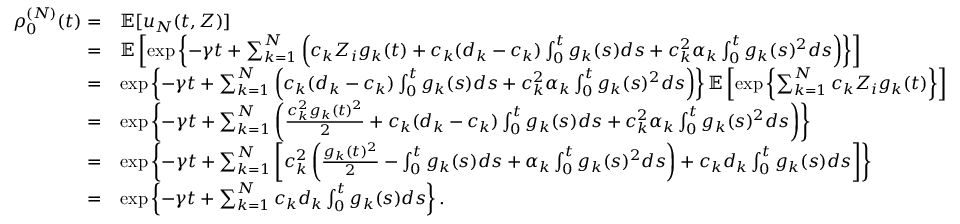
\begin{array} { r l } { \rho _ { 0 } ^ { ( N ) } ( t ) = } & { \mathbb { E } [ u _ { N } ( t , Z ) ] } \\ { = } & { \mathbb { E } \left[ \exp \left\{ - \gamma t + \sum _ { k = 1 } ^ { N } \left( c _ { k } Z _ { i } g _ { k } ( t ) + c _ { k } ( d _ { k } - c _ { k } ) \int _ { 0 } ^ { t } g _ { k } ( s ) d s + c _ { k } ^ { 2 } \alpha _ { k } \int _ { 0 } ^ { t } g _ { k } ( s ) ^ { 2 } d s \right) \right\} \right] } \\ { = } & { \exp \left\{ - \gamma t + \sum _ { k = 1 } ^ { N } \left( c _ { k } ( d _ { k } - c _ { k } ) \int _ { 0 } ^ { t } g _ { k } ( s ) d s + c _ { k } ^ { 2 } \alpha _ { k } \int _ { 0 } ^ { t } g _ { k } ( s ) ^ { 2 } d s \right) \right\} \mathbb { E } \left[ \exp \left\{ \sum _ { k = 1 } ^ { N } c _ { k } Z _ { i } g _ { k } ( t ) \right\} \right] } \\ { = } & { \exp \left\{ - \gamma t + \sum _ { k = 1 } ^ { N } \left( \frac { c _ { k } ^ { 2 } g _ { k } ( t ) ^ { 2 } } { 2 } + c _ { k } ( d _ { k } - c _ { k } ) \int _ { 0 } ^ { t } g _ { k } ( s ) d s + c _ { k } ^ { 2 } \alpha _ { k } \int _ { 0 } ^ { t } g _ { k } ( s ) ^ { 2 } d s \right) \right\} } \\ { = } & { \exp \left\{ - \gamma t + \sum _ { k = 1 } ^ { N } \left[ c _ { k } ^ { 2 } \left( \frac { g _ { k } ( t ) ^ { 2 } } { 2 } - \int _ { 0 } ^ { t } g _ { k } ( s ) d s + \alpha _ { k } \int _ { 0 } ^ { t } g _ { k } ( s ) ^ { 2 } d s \right) + c _ { k } d _ { k } \int _ { 0 } ^ { t } g _ { k } ( s ) d s \right] \right\} } \\ { = } & { \exp \left\{ - \gamma t + \sum _ { k = 1 } ^ { N } c _ { k } d _ { k } \int _ { 0 } ^ { t } g _ { k } ( s ) d s \right\} . } \end{array}